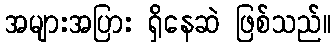
အများအပြား ရှိနေဆဲ ဖြစ်သည်။